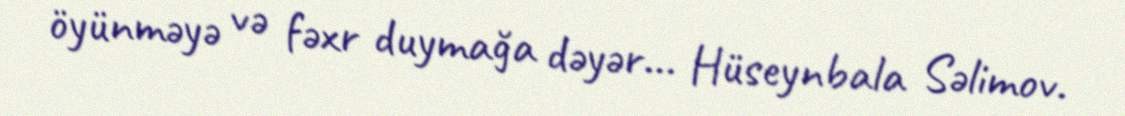
öyünməyə və fəxr duymağa dəyər... Hüseynbala Səlimov.